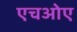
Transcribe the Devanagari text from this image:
एचओए